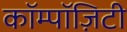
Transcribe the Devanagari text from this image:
कॉम्पॉज़िटी